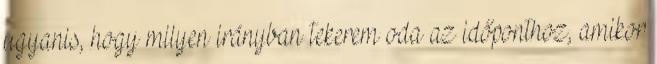
ugyanis, hogy milyen irányban tekerem oda az időponthoz, amikor